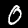
Label: 0